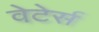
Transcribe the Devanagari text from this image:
वेटेर्स